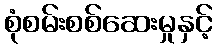
စုံစမ်းစစ်ဆေးမှုနှင့်